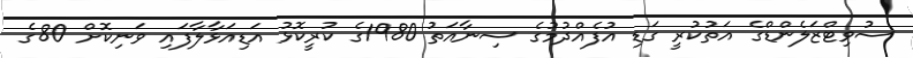
ސުވިޓްޒަލެންޑްގެ އަތުކުރީ ގަޑި އުފެއްދުމުގެ ސިނާއަތު 1980ގެ ކުރީކޮޅު އަޑިއަޅާލާފައި ވަނިކޮށް 80ގެ